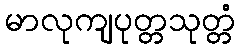
မာလုကျပုတ္တသုတ္တံ